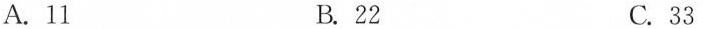
A. 11 B. 22 C. 33